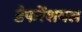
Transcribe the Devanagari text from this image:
डैफरेंशयल